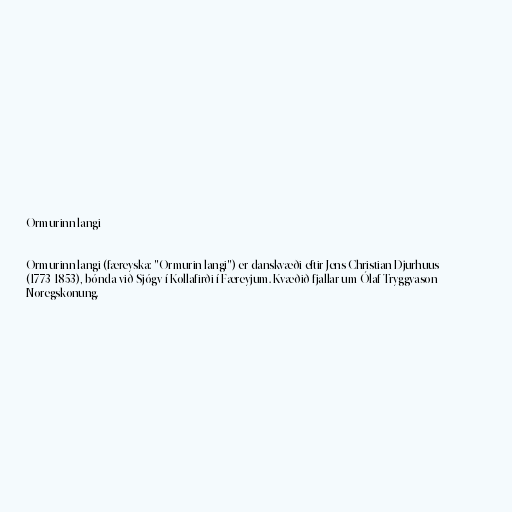
Ormurinn langi

Ormurinn langi (færeyska: "Ormurin langi") er danskvæði eftir Jens Christian Djurhuus
(1773-1853), bónda við Sjógv í Kollafirði í Færeyjum. Kvæðið fjallar um Ólaf Tryggvason
Noregskonung.